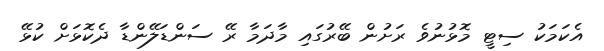
އެކަމަކު ސިޓީ މޮޅުނުވެ ރަށުން ބޭރުގައި މާދަމާ ރޭ ސަންޑަލޭންޑާ ދެކޮޅަށް ކުޅޭ